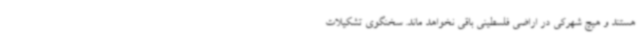
هستند و هیچ شهرکی در اراضی فلسطینی باقی نخواهد ماند. سخنگوی تشکیلات